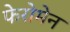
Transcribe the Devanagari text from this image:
फेरोमेन